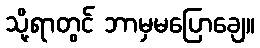
သို့ရာတွင် ဘာမှမပြောချေ။